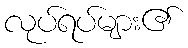
လုပ်ရပ်များ၏